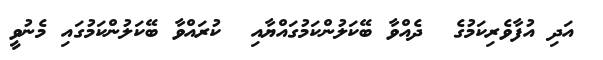
އަދި އުފާވެރިކަމުގެ  ދެއްވާ ބޭކަލުންކަމުގައްޔާއި  ކުރައްވާ ބޭކަލުންކަމުގައި މެނުވީ